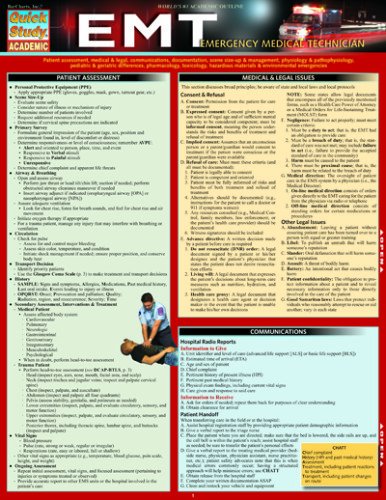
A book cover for Emt- Emergency Medical Technician (Quick Study Academic); Inc. BarCharts; Medical Books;